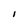
Character: i